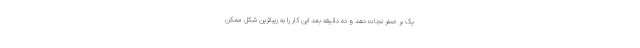
یک بر صفر نجات دهد و ده دقیقه بعد این کار را به زیباترین شکل ممکن